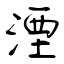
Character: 湮